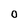
Character: 0